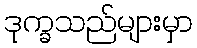
ဒုက္ခသည်များမှာ